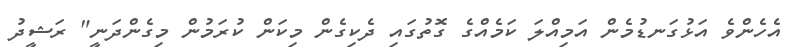
އެހެންވެ އަޅުގަނޑުމެން އަމިއްލަ ކަމެއްގެ ގޮތުގައި ދެކިގެން މިކަން ކުރަމުން މިގެންދަނީ" ރަޝީދު